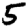
Digit: 5